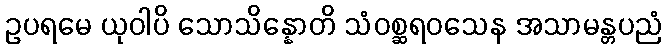
ဥပရမေ ယုဝါပိ သောသိန္နောတိ သံဝစ္ဆရဝသေန အသာမန္တပညံ